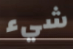
شيء